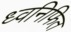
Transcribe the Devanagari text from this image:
ध्वनिफित